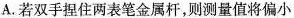
A.若双手捏住两表笔金属杆，则测量值将偏小